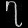
Digit: ၇